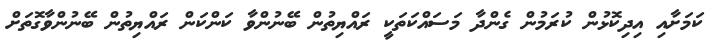
ކަމަށާއި އިދިކޮޅުން ކުރަމުން ގެންދާ މަސައްކަތަކީ ރައްޔިތުން ބޭނުންވާ ކަންކަން ރައްޔިތުން ބޭނުންވާގޮތަށް